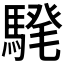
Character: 𩤗